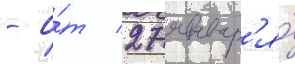
- о́т 27 январ'я́